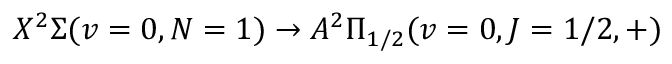
X ^ { 2 } \Sigma ( v = 0 , N = 1 ) \rightarrow A ^ { 2 } \Pi _ { 1 / 2 } ( v = 0 , J = 1 / 2 , + )